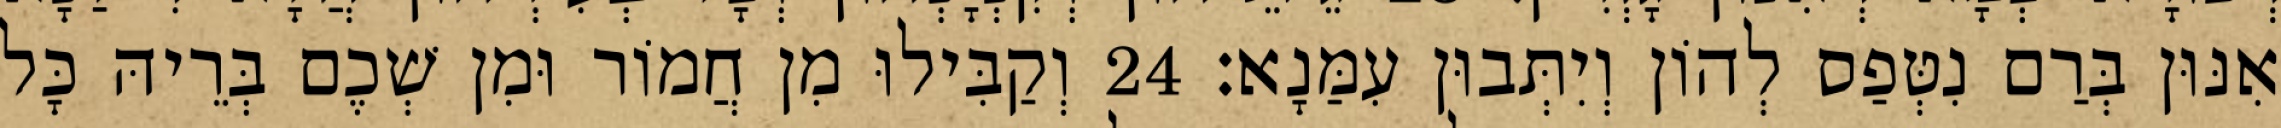
אִנּוּן בְּרַם נִטְּפַס לְהוֹן וְיִתְּבוּן עִמַּנָא׃ 24 וְקַבִּילוּ מִן חֲמוֹר וּמִן שְׁכֶם בְּרֵיהּ כָּל